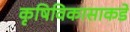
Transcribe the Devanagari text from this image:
कृषिविकासाकडे